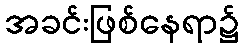
အခင်းဖြစ်နေရာ၌